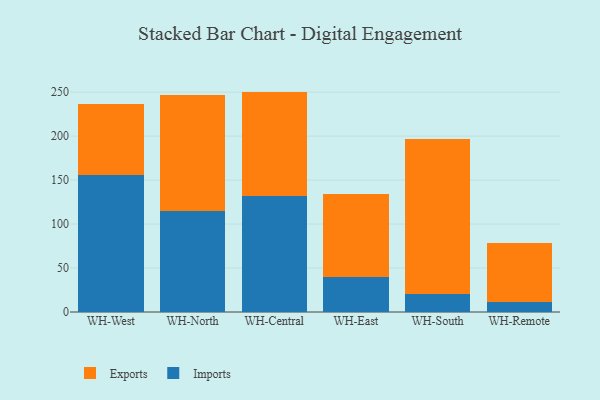
{"axis": {"x": "Warehouse", "y": "Backlog"}, "legend": ["Exports", "Imports"], "data": [{"x": "WH-West", "y": 156.2, "type": "Imports"}, {"x": "WH-West", "y": 80.5, "type": "Exports"}, {"x": "WH-North", "y": 114.8, "type": "Imports"}, {"x": "WH-North", "y": 131.9, "type": "Exports"}, {"x": "WH-Central", "y": 132.3, "type": "Imports"}, {"x": "WH-Central", "y": 118.3, "type": "Exports"}, {"x": "WH-East", "y": 39.8, "type": "Imports"}, {"x": "WH-East", "y": 94.0, "type": "Exports"}, {"x": "WH-South", "y": 20.8, "type": "Imports"}, {"x": "WH-South", "y": 176.2, "type": "Exports"}, {"x": "WH-Remote", "y": 11.4, "type": "Imports"}, {"x": "WH-Remote", "y": 67.2, "type": "Exports"}]}